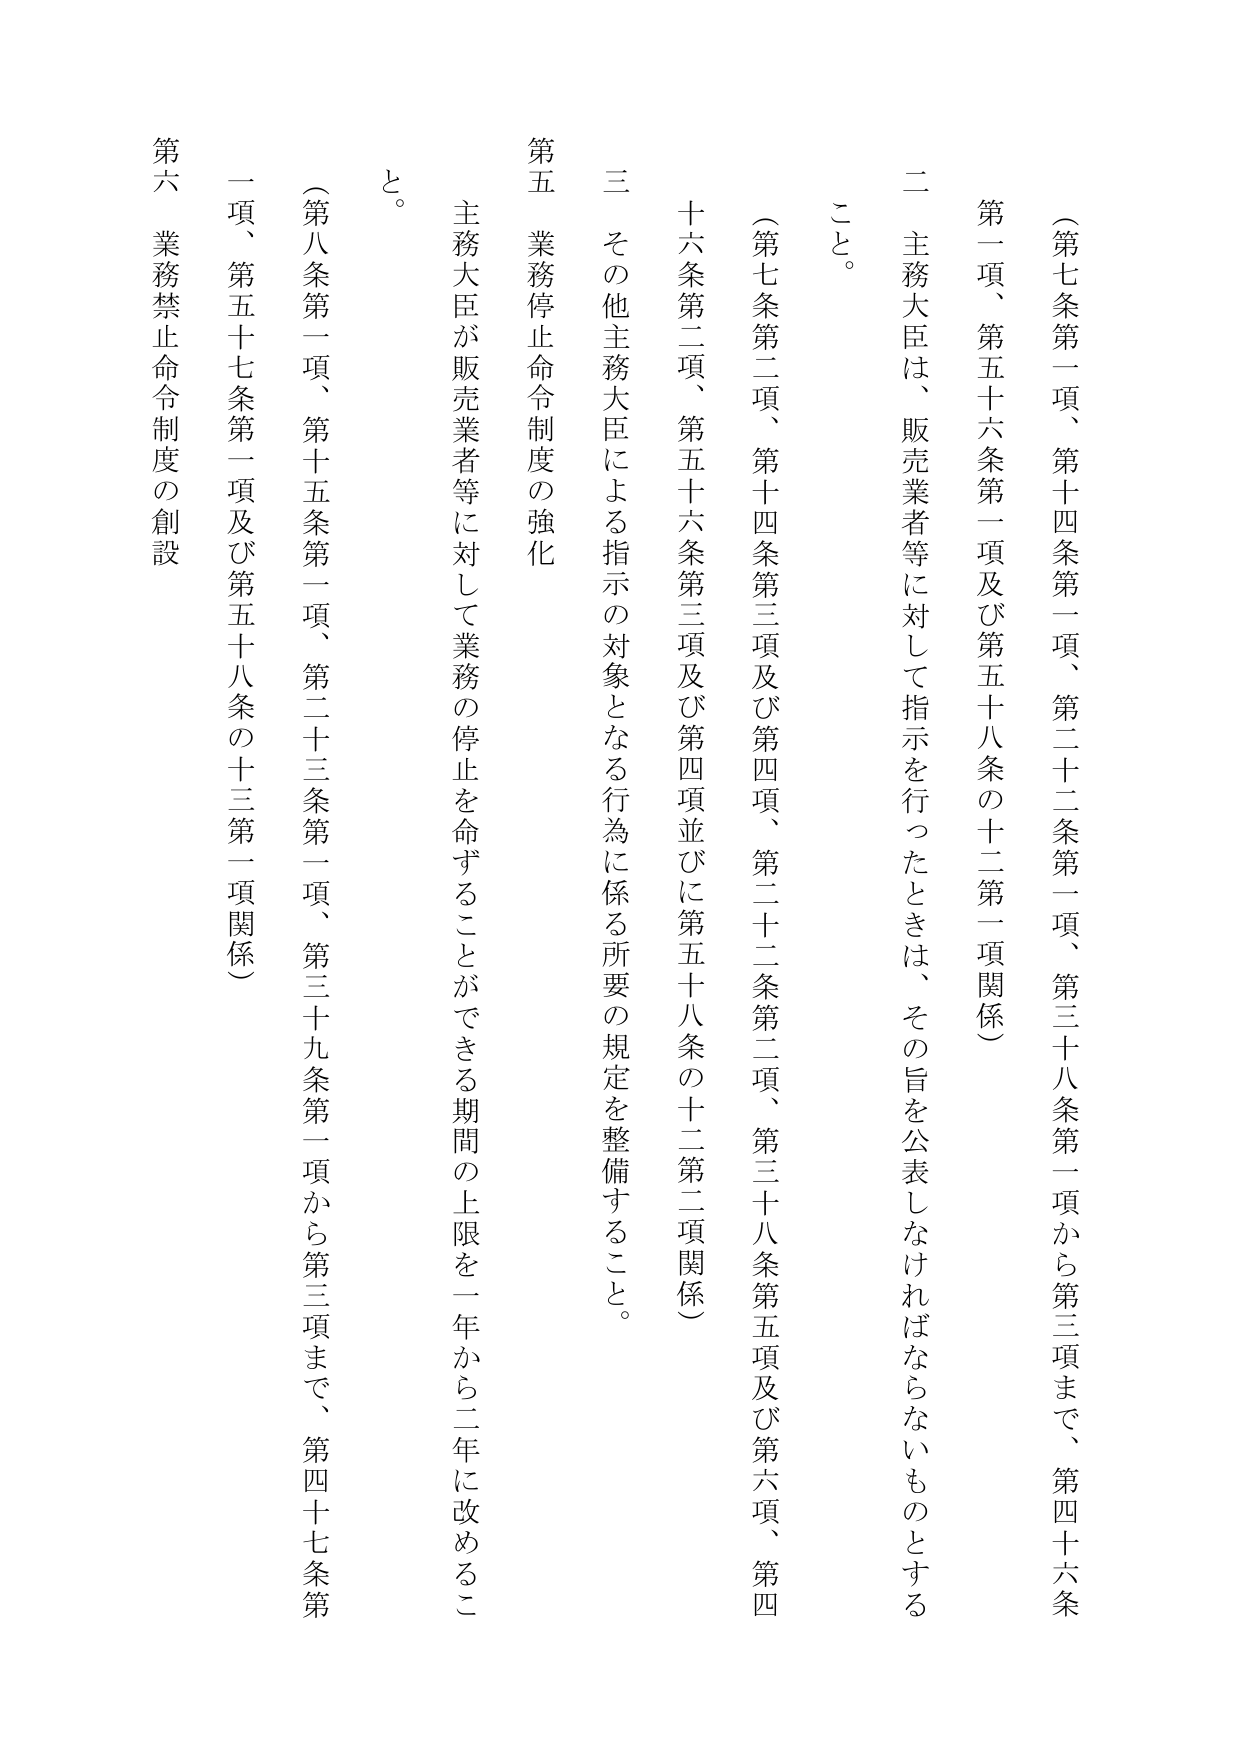
（第七条第一項、第十四条第一項、第二十二条第一項、第三十八条第一項から第三項まで、第四十六条第一項、第五十六条第一項及び第五十八条の十二第二項関係）

二 主務大臣は、販売業者等に対して指示を行ったときは、その旨を公表しなければならないものとする
こと。

（第七条第二項、第十四条第三項及び第四項、第二十二条第二項、第三十八条第五項及び第六項、第四十六条第二項、第五十六条第三項及び第四項並びに第五十八条の十二第二項関係）

三 その他主務大臣による指示の対象となる行為に係る所要の規定を整備すること。

第五 業務停止命令制度の強化

主務大臣が販売業者等に対して業務の停止を命ずることができる期間の上限を一年から二年に改めるこ
と。

（第八条第一項、第十五条第一項、第二十三条第一項、第三十九条第一項から第三項まで、第四十七条第一項、第五十七条第一項及び第五十八条の十三第一項関係）

第六 業務禁止命令制度の創設